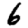
Digit: 6